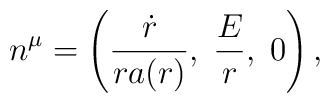
n^\mu=\left( \frac{\dot{r}}{ra(r)},\;\frac{E}{r},\;0\right),